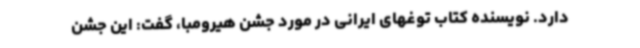
دارد. نویسنده کتاب توغهای ایرانی در مورد جشن هیرومبا، گفت: این جشن